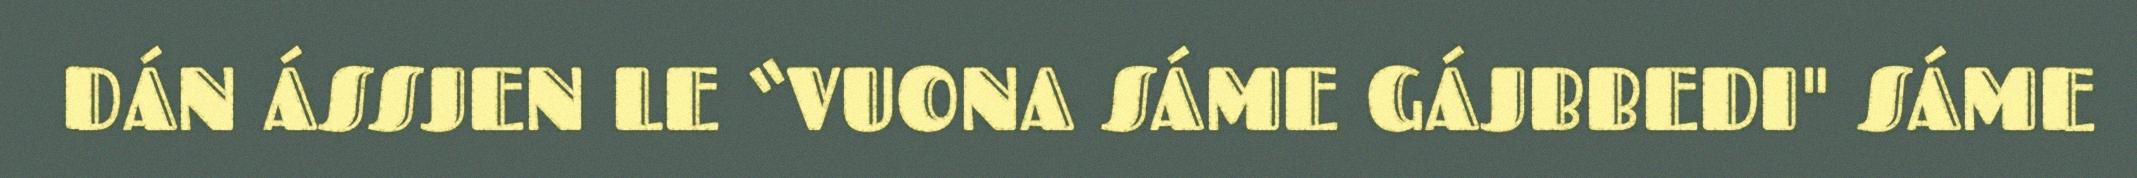
DÁN ÁSSJEN LE “VUONA SÁME GÁJBBEDI" SÁME